Plague in India, 1896, 1897 - Volume 1
Year: 1896
Disease focus: Plague
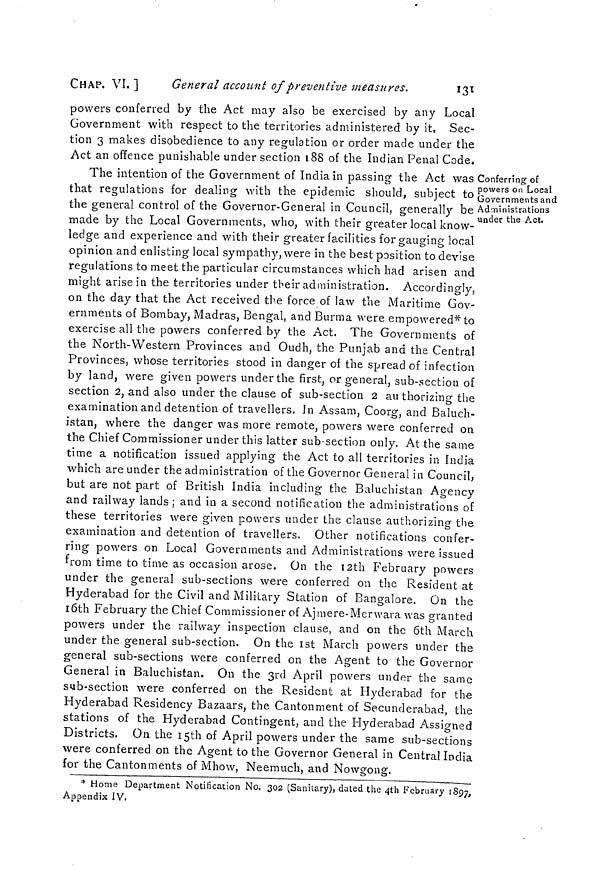
CHAP. VI. ]
General account of preventive measures.
131
powers conferred by the Act may also be exercised by any Local
Government with respect to the territories administered by it, Sec-
tion 3 makes disobedience to any regulation or order made under the
Act an offence punishable under section 188 of the Indian Penal Code.
Conferring of
powers on Local
Governments and
Administrations
under the Act.
The intention of the Government of India in passing the Act was
that regulations for dealing with the epidemic should, subject to
the general control of the Governor-General in Council, generally be
made by the Local Governments, who, with their greater local know-
ledge and experience and with their greater facilities for gauging local
opinion and enlisting local sympathy, were in the best position to devise
regulations to meet the particular circumstances which had arisen and
might arise in the territories under their administration. Accordingly,
on the day that the Act received the force of law the Maritime Gov-
ernments of Bombay, Madras, Bengal, and Burma were empowered* to
exercise all the powers conferred by the Act. The Governments of
the North-Western Provinces and Oudh, the Punjab and the Central
Provinces, whose territories stood in danger of the spread of infection
by land, were given powers under the first, or general, sub-section of
section 2, and also under the clause of sub-section 2 au thorizing the
examination and detention of travellers. In Assam, Coorg, and Baluch-
istan, where the danger was more remote, powers were conferred on
the Chief Commissioner under this latter sub-section only. At the same
time a notification issued applying the Act to all territories in India
which are under the administration of the Governor General in Council,
but are not part of British India including the Baluchistan Agency
and railway lands ; and in a second notification the administrations of
these territories were given powers under the clause authorizing the
examination and detention of travellers. Other notifications confer-
ring powers on Local Governments and Administrations were issued
from time to time as occasion arose. On the 12th February powers
under the general sub-sections were conferred on the Resident at
Hyderabad for the Civil and Military Station of Bangalore. On the
16th February the Chief Commissioner of Ajmere-Merwara was granted
powers under the railway inspection clause, and on the 6th March
under the general sub-section. On the 1st March powers under the
general sub-sections were conferred on the Agent to the Governor
General in Baluchistan. On the 3rd April powers under the same
sub-section were conferred on the Resident at Hyderabad for the
Hyderabad Residency Bazaars, the Cantonment of Secunderabad, the
stations of the Hyderabad Contingent, and the Hyderabad Assigned
Districts. On the 15th of April powers under the same sub-sections
were conferred on the Agent to the Governor General in Central India
for the Cantonments of Mhow, Neemuch, and Nowgong.
* Home Department Notification No. 302 (Sanitary), dated the 4th February 1897,
Appendix IV.